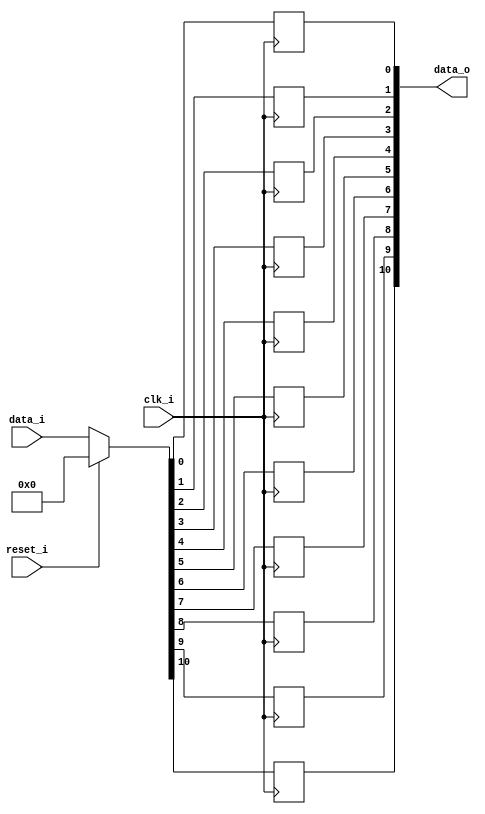
// This program was cloned from: https://github.com/NYU-MLDA/OpenABC
// License: BSD 3-Clause "New" or "Revised" License

module bsg_dff_reset_width_p11
(
  clk_i,
  reset_i,
  data_i,
  data_o
);

  input [10:0] data_i;
  output [10:0] data_o;
  input clk_i;
  input reset_i;
  wire [10:0] data_o;
  wire N0,N1,N2,N3,N4,N5,N6,N7,N8,N9,N10,N11,N12,N13;
  reg data_o_10_sv2v_reg,data_o_9_sv2v_reg,data_o_8_sv2v_reg,data_o_7_sv2v_reg,
  data_o_6_sv2v_reg,data_o_5_sv2v_reg,data_o_4_sv2v_reg,data_o_3_sv2v_reg,
  data_o_2_sv2v_reg,data_o_1_sv2v_reg,data_o_0_sv2v_reg;
  assign data_o[10] = data_o_10_sv2v_reg;
  assign data_o[9] = data_o_9_sv2v_reg;
  assign data_o[8] = data_o_8_sv2v_reg;
  assign data_o[7] = data_o_7_sv2v_reg;
  assign data_o[6] = data_o_6_sv2v_reg;
  assign data_o[5] = data_o_5_sv2v_reg;
  assign data_o[4] = data_o_4_sv2v_reg;
  assign data_o[3] = data_o_3_sv2v_reg;
  assign data_o[2] = data_o_2_sv2v_reg;
  assign data_o[1] = data_o_1_sv2v_reg;
  assign data_o[0] = data_o_0_sv2v_reg;

  always @(posedge clk_i) begin
    if(1'b1) begin
      data_o_10_sv2v_reg <= N13;
    end 
  end


  always @(posedge clk_i) begin
    if(1'b1) begin
      data_o_9_sv2v_reg <= N12;
    end 
  end


  always @(posedge clk_i) begin
    if(1'b1) begin
      data_o_8_sv2v_reg <= N11;
    end 
  end


  always @(posedge clk_i) begin
    if(1'b1) begin
      data_o_7_sv2v_reg <= N10;
    end 
  end


  always @(posedge clk_i) begin
    if(1'b1) begin
      data_o_6_sv2v_reg <= N9;
    end 
  end


  always @(posedge clk_i) begin
    if(1'b1) begin
      data_o_5_sv2v_reg <= N8;
    end 
  end


  always @(posedge clk_i) begin
    if(1'b1) begin
      data_o_4_sv2v_reg <= N7;
    end 
  end


  always @(posedge clk_i) begin
    if(1'b1) begin
      data_o_3_sv2v_reg <= N6;
    end 
  end


  always @(posedge clk_i) begin
    if(1'b1) begin
      data_o_2_sv2v_reg <= N5;
    end 
  end


  always @(posedge clk_i) begin
    if(1'b1) begin
      data_o_1_sv2v_reg <= N4;
    end 
  end


  always @(posedge clk_i) begin
    if(1'b1) begin
      data_o_0_sv2v_reg <= N3;
    end 
  end

  assign { N13, N12, N11, N10, N9, N8, N7, N6, N5, N4, N3 } = (N0)? { 1'b0, 1'b0, 1'b0, 1'b0, 1'b0, 1'b0, 1'b0, 1'b0, 1'b0, 1'b0, 1'b0 } : 
                                                              (N1)? data_i : 1'b0;
  assign N0 = reset_i;
  assign N1 = N2;
  assign N2 = ~reset_i;

endmodule